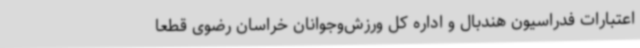
اعتبارات فدراسیون هندبال و اداره کل ورزش‌وجوانان خراسان رضوی قطعا